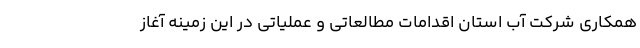
همکاری شرکت آب استان اقدامات مطالعاتی و عملیاتی در این زمینه آغاز